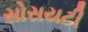
સોસયટી